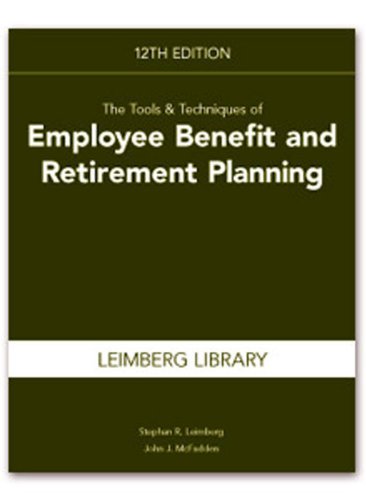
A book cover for The Tools & Techniques of Employee Benefit and Retirement Planning (Tools and Techniques of Employee Benefit and Retirement Planning); Stephan R. Leimberg; Business & Money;